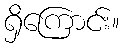
ရှိကြောင်း။